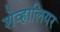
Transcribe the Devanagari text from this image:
शेव्हालियर